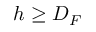
h \geq D _ { F }